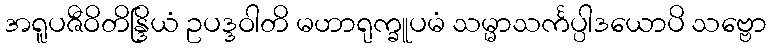
အရူပဇီဝိတိန္ဒြိယံ ဥပဒ္ဒဝါတိ မဟာရုက္ခူပမံ သမ္မာသင်္ကပ္ပါဒယောပိ သဗ္ဗော